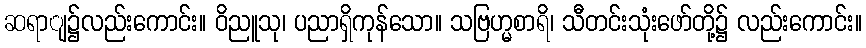
ဆရာျ၌လည်းကောင်း။ ဝိညူသု၊ ပညာရှိကုန်သော။ သဗြဟ္မစာရိ၊ သီတင်းသုံးဖော်တို့၌ လည်းကောင်း။